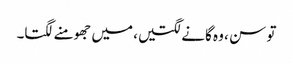
تو سن ، وہ گانے لگتیں، میں جھومنے لگتا۔